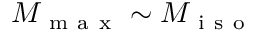
M _ { \mathrm { ~ m ~ a ~ x ~ } } \sim M _ { \mathrm { ~ i ~ s ~ o ~ } }